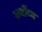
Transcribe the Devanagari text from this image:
सर्वोंच्च